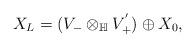
LaTeX: \begin{align*} X_{L}=(V_{-}\otimes_{\mathbb{H}} V_{+}^{'})\oplus X_{0},\end{align*}